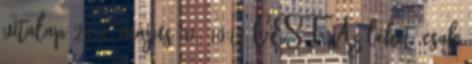
vitalap 2018. május 31., 10:12 CEST Az lehet, csak